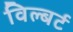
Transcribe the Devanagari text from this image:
विल्बर्ट